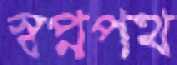
স্বপ্নপথ